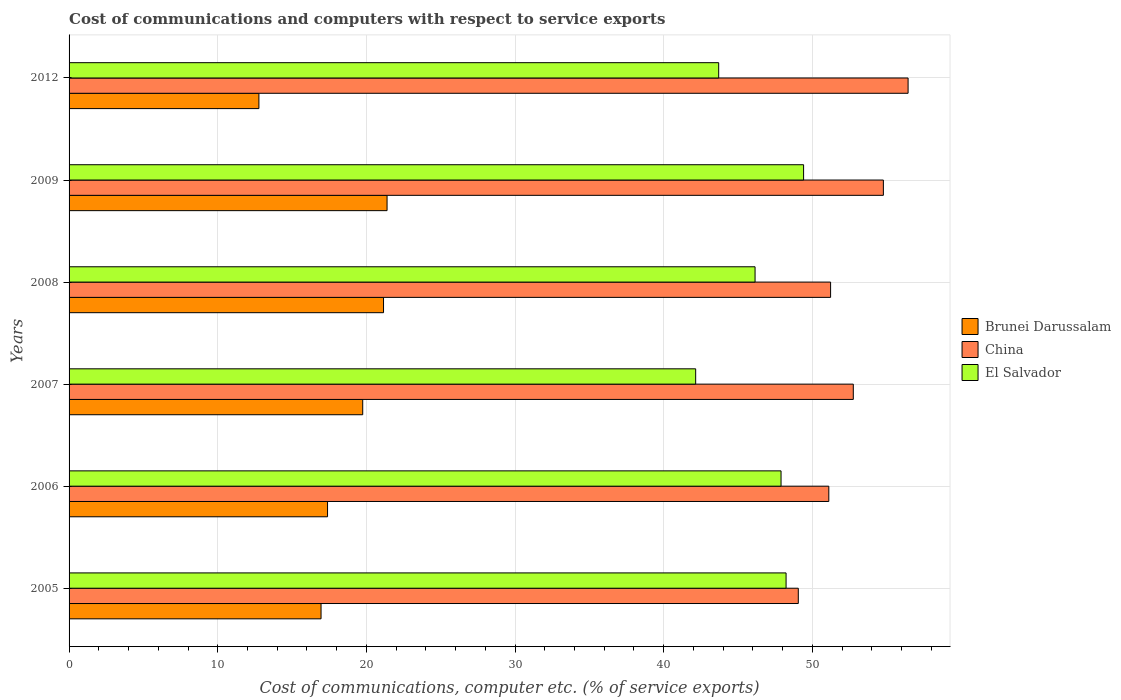
| Years | Brunei Darussalam | China | El Salvador |
 | --- | --- | --- | --- |
 | 2005 | 17 | 49.1 | 48.2 |
 | 2006 | 17.4 | 51.1 | 47.9 |
 | 2007 | 19.8 | 52.8 | 42.2 |
 | 2008 | 21.2 | 51.2 | 46.1 |
 | 2009 | 21.4 | 54.8 | 49.4 |
 | 2012 | 12.8 | 56.4 | 43.7 |